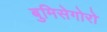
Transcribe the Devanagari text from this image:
बुमिसेगोरो